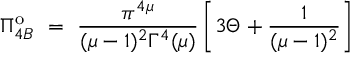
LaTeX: \Pi _ { 4 B } ^ { \mathrm { o } } ~ = ~ \frac { \pi ^ { 4 \mu } } { ( \mu - 1 ) ^ { 2 } \Gamma ^ { 4 } ( \mu ) } \left[ 3 \Theta + \frac { 1 } { ( \mu - 1 ) ^ { 2 } } \right]